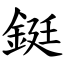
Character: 鋌